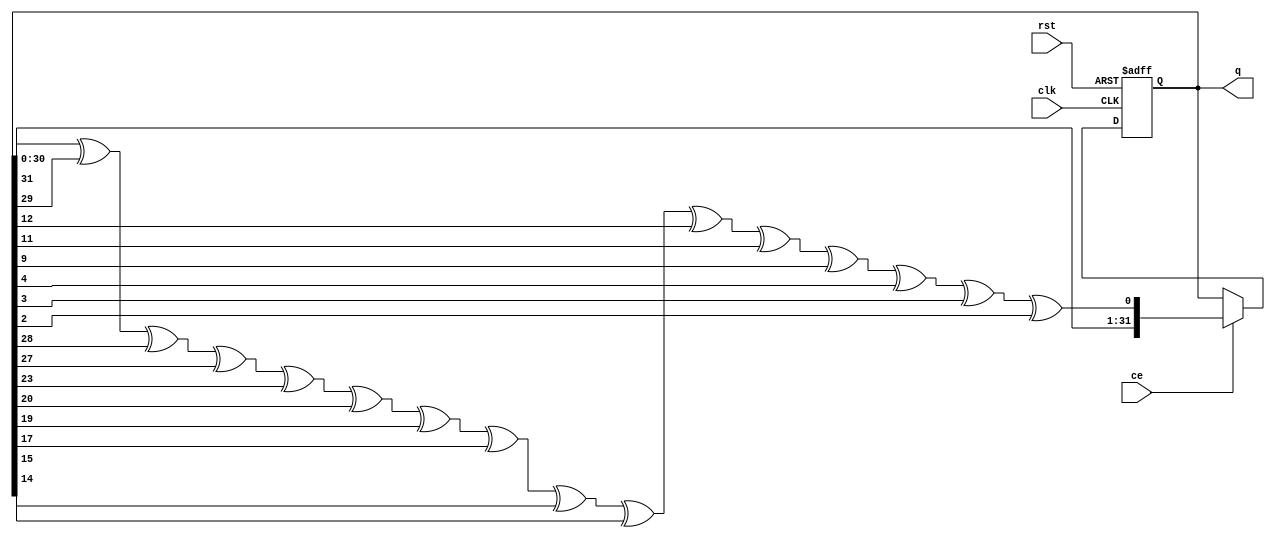
module pseudo_random(input  clk, ce, rst, output reg [31:0] q);
// 32-bit uniform pseudo-random number generator, based on fibonacci LFSR

wire feedback = q[31]^q[29]^q[28]^ q[27]^ q[23]^q[20]^ q[19]^q[17]^ q[15]^q[14]^q[12]^ q[11]^q[9]^ q[4]^ q[3]^q[2];


always @(posedge clk or posedge rst)
  if (rst) 
    q <= 32'haaaaaaaa;   // the start is more random with this initialization
  else if (ce)
    q <= {q[30:0], feedback} ;
endmodule